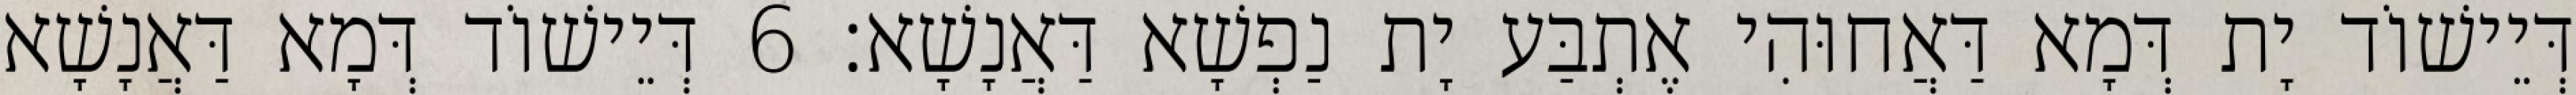
דְּיֵישׁוֹד יָת דְּמָא דַּאֲחוּהִי אֶתְבַּע יָת נַפְשָׁא דַּאֲנָשָׁא׃ 6 דְּיֵישׁוֹד דְּמָא דַּאֲנָשָׁא